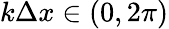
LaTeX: k\Delta x\in(0,2\pi)